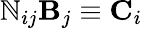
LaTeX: \mathbb{N}_{ij}{\mathbf{B}}_{j}\equiv{\mathbf{C}}_{i}